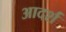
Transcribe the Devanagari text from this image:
आदर्शं